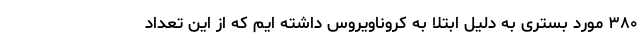
۳۸۰ مورد بستری به دلیل ابتلا به کروناویروس داشته ایم که از این تعداد